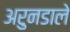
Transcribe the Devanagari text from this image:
अरुनडाले